Vaccination in Bombay 1889-1901 - 1889-1901
Year: 1889
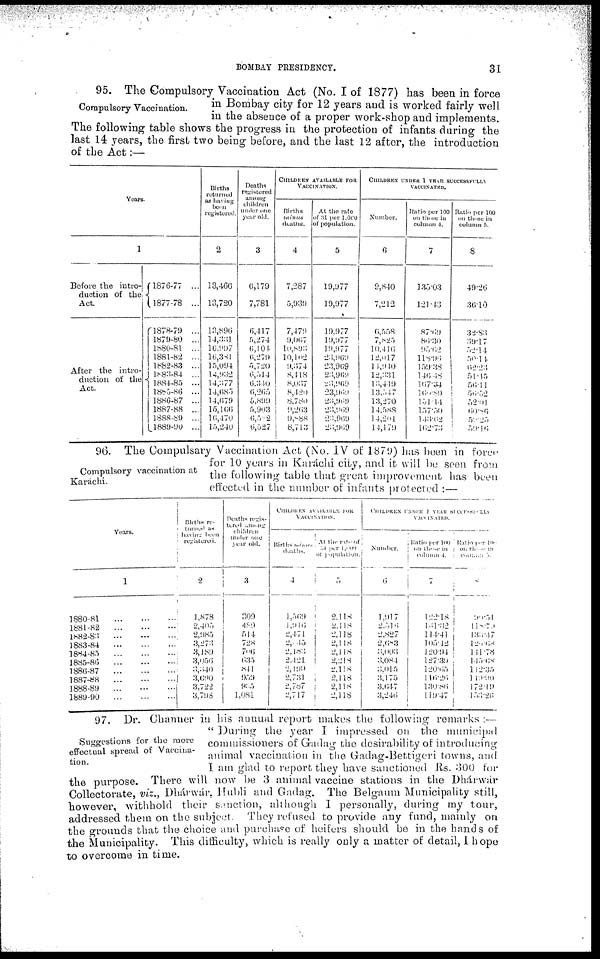
BOMBAY PRESIDENCY.
31
Compulsory Vaccination.
95. The Compulsory Vaccination Act (No. I of 1877) has been in force
in Bombay city for 12 years and is worked fairly well
in the absence of a proper work-shop and implements.
The following table shows the progress in the protection of infants during the
last 14 years, the first two being before, and the last 12 after, the introduction
of the Act:—
Years.
1
Before the intro-
duction of the
Act
After the intro-
duction of the
Act.
1876-77 ...
1877-78 ...
1878-79 ...
1879-80 ...
1880-81 ...
1881-82 ...
1882-83 ...
1883-84 ...
1884-85 ...
1885-86 ...
1886-87 ...
1887-88 ...
1888-89 ...
1889-90 ...
Births
returned
us having
been
registered.
2
13,466
13,720
13,896
14,331
l6,997
16,381
15,094
14,032
14,377
14,685
14,679
16,166
16,470
15,240
Deaths
registered
among
children
under one
year old.
3
6,179
7,781
6,417
5,274
6,104
6,279
5,720
6,514
6,340
6,265
5,899
5,903
6,582
6,527
CHILDREN AVAILABLE FOR
VACCINATION.
Births
minus
deaths.
4
7,287
5,939
7,479
9,067
10,893
10,102
9,374
8,448
8,037
8,420
8,780
9,263
9,888
8,713
At the rate
of 31 per 1,000
of population.
5
19,977
19,977
19,977
19,077
19,977
23,969
23,969
23,969
23,969
23,969
23,969
23,969
23,969
23,969
CHILDREN UNDER 1 YEAR SUCCESSFULLY
VACCINATED.
Number.
6
9,840
7,212
6,558
7,825
10,416
12,017
14,940
12,331
13,449
13,547
13,270
14,588
14,201
14,179
Ratio per 100
on those in
column 4.
7
135.03
121.43
87.69
86.30
95.62
118.96
159.38
146.48
167.34
160.89
151.14
l57.50
143.62
162.73
Ratio per 100
on those in
column 5.
8
49.26
36.10
32.83
39.17
52.14
50.14
62.23
51.45
56.11
56.52
52.01
60.86
59.25
59.16
Compulsory vaccination at
Karachi.
96. The Compulsary Vaccination Act (No. IV of 1879) has been in force
for 10 years in Karachi city, and it will be seen from
the following table that great improvement has been
effected in the number of infants protected :—
Years.
1
1880-8l
...
...
...
1881-82
...
...
...
1882-83
...
...
...
1883-84 ... ... ...
1884-85
...
...
...
1885-86
...
...
...
1886-87 ... ... ...
1887-88 ... ... ...
1888-89
...
...
...
1889-90
...
...
...
Births re¬
turned as
having been
registered.
2
1,878
2,405
2,985
3,273
3,189
3,056
3,340
3, 690
3,722
3,798
Deaths regis¬
tered among
children
under one
year old.
3
309
489
514
728
706
635
541
959
935
1,081
CHILDREN AVAILABLAE FOR
VACCINATION.
Births
minus
deaths.
4
1,569
1,916
2,471
2,045
2,483
2,121
2,199
2,731
2,787
2,717
At the rate of
31 per 1,000
of population.
5
2,118
2,118
2,118
2,118
2,118
2,218
2,118
2,118
2,118
2,118
CHILDREN UNDER 1 YEAR SUCCESSFULLY
VACCINATED.
Number.
6
1,917
2,516
2,827
2,683
3,003
3,084
3,015
3,175
3,647
3,246
Ratio per 100
on those in
column 4.
7
122.18
131.32
114.41
105.42
120.94
127.39
120.65
116.26
130.86
119.47
Ratio per 100
on those in
Column
5.
8
9 0 . 5 1
118.79
133.47
126.68
141.78
145.68
112.35
149.90
172.19
153.26
Suggestions for the more
effectual spread of Vaccina-
tion.
97. Dr. Channer in his annual report makes the following remarks :—
" During the year I impressed on the municipal
commissioners of Gadag the desirability of introducing
animal vaccination in the Gadag-Bettigeri towns, and
I am glad to report they have sanctioned Rs. 300 for
the purpose. There will now be 3 animal vaccine stations in the Dhárwár
Collectorate, viz., Dhárwár. Hubli and Gadag. The Belgaum Municipality still,
however, withhold their sanction, although I personally, during my tour,
addressed them on the subject. They refused to provide any fund, mainly on
the grounds that the choice and purchase of heifers should be in the hands of
the Municipality. This difficulty, which is really only a matter of detail, I hope
to overcome in time.